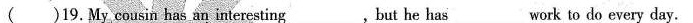
( )19.My cousin has an interesting___,but he has___work to do every day.